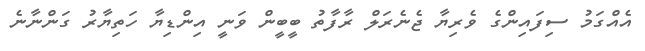
އެއްގަމު ސިފައިންގެ ވެރިޔާ ޖެނެރަލް ރާފާތު ބީބީން ވަނީ އިންޑިޔާ ހަތިޔާރު ގަންނާނެ